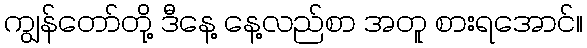
ကျွန်တော်တို့ ဒီနေ့ နေ့လည်စာ အတူ စားရအောင်။